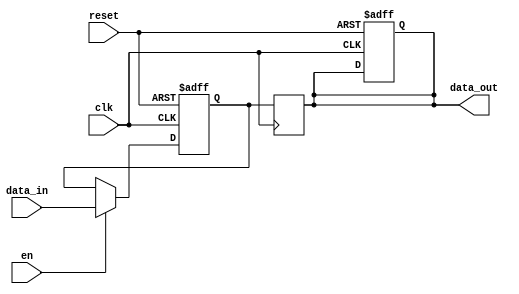
module pipeline_buffer #(
    parameter WIDTH = 8 // Parameter for the width of the data bus
) (
    input wire clk,            // Clock signal
    input wire reset,          // Reset signal
    input wire en,            // Enable signal
    input wire [WIDTH-1:0] data_in, // Input data
    output reg [WIDTH-1:0] data_out // Output data
);

    // Internal storage register
    reg [WIDTH-1:0] buffer;

    // Sequential logic block
    always @(posedge clk or posedge reset) begin
        if (reset) begin
            buffer <= {WIDTH{1'b0}}; // Initialize buffer to zero on reset
            data_out <= {WIDTH{1'b0}}; // Initialize output to zero on reset
        end else if (en) begin
            buffer <= data_in; // Load input data into buffer if enabled
        end
    end

    // Output logic
    always @(posedge clk) begin
        data_out <= buffer; // Propagate buffered data to output on clock edge
    end

endmodule